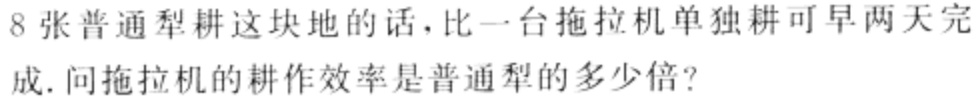
8张普通犁耕这块地的话，比一台拖拉机单独耕可早两天完成.问拖拉机的耕作效率是普通犁的多少倍?